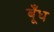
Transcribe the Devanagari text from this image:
बूँध